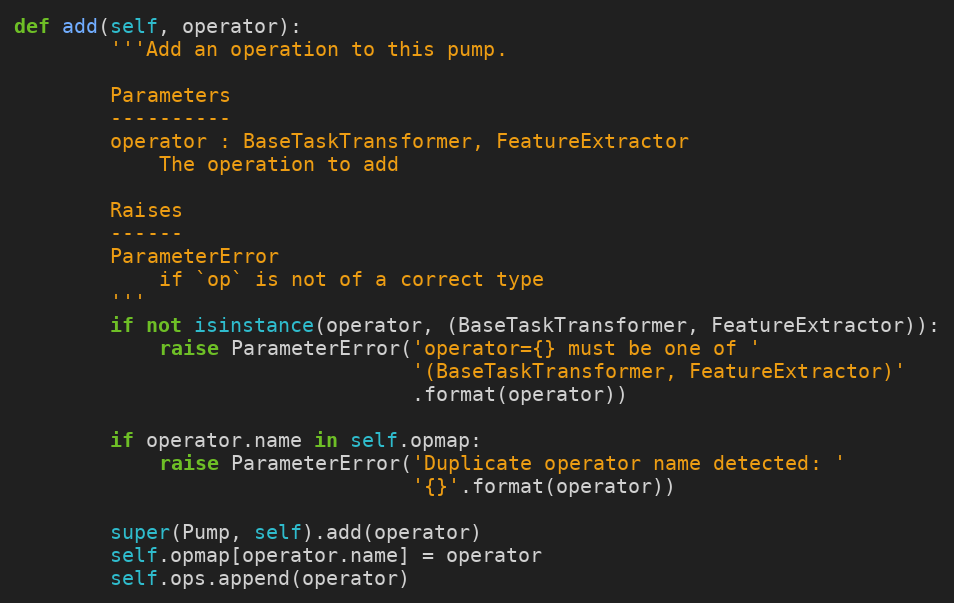
Language: Python
def add(self, operator):
        '''Add an operation to this pump.

        Parameters
        ----------
        operator : BaseTaskTransformer, FeatureExtractor
            The operation to add

        Raises
        ------
        ParameterError
            if `op` is not of a correct type
        '''
        if not isinstance(operator, (BaseTaskTransformer, FeatureExtractor)):
            raise ParameterError('operator={} must be one of '
                                 '(BaseTaskTransformer, FeatureExtractor)'
                                 .format(operator))

        if operator.name in self.opmap:
            raise ParameterError('Duplicate operator name detected: '
                                 '{}'.format(operator))

        super(Pump, self).add(operator)
        self.opmap[operator.name] = operator
        self.ops.append(operator)